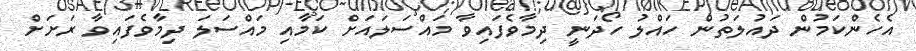
އެހެންކަމުން ދައުލަތުން ހައްލު ހޯދަނީ ދިމާވެފައިވާ މައްސަލައަށް ކަމާއި މައްސަލަ ދިމާވެފައިވާ ރަށަށް